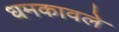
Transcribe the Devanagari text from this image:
धमकावले